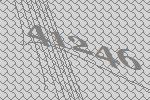
41246